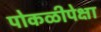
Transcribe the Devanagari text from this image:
पोकळीपेक्षा